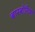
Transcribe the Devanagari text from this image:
बारबोरिज्म